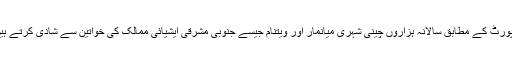
رپورٹ کے مطابق سالانہ ہزاروں چینی شہری میانمار اور ویتنام جیسے جنوبی مشرقی ایشیائی ممالک کی خواتین سے شادی کرتے ہیں۔